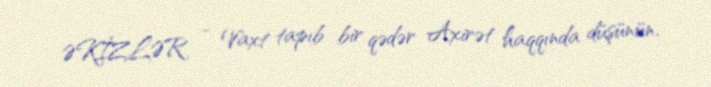
ƏKİZLƏR - Vaxt tapıb bir qədər Axirət haqqında düşünün.